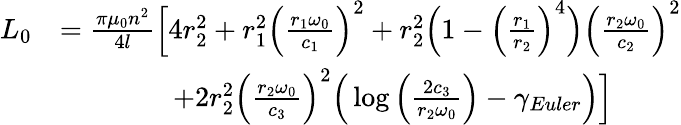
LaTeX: \begin{array}{rl}{L_{0}}&{=\frac{\pi\mu_{0}n^{2}}{4l}\Big[4r_{2}^{2}+r_{1}^{2}\Big(\frac{r_{1}\omega_{0}}{c_{1}}\Big)^{2}+r_{2}^{2}\Big(1-\Big(\frac{r_{1}}{r_{2}}\Big)^{4}\Big)\Big(\frac{r_{2}\omega_{0}}{c_{2}}\Big)^{2}}\\ &{\qquad\qquad+2r_{2}^{2}\Big(\frac{r_{2}\omega_{0}}{c_{3}}\Big)^{2}\Big(\log\Big(\frac{2c_{3}}{r_{2}\omega_{0}}\Big)-\gamma_{Euler}\Big)\Big]}\end{array}